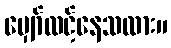
မျှော်လင့်နေသလား။